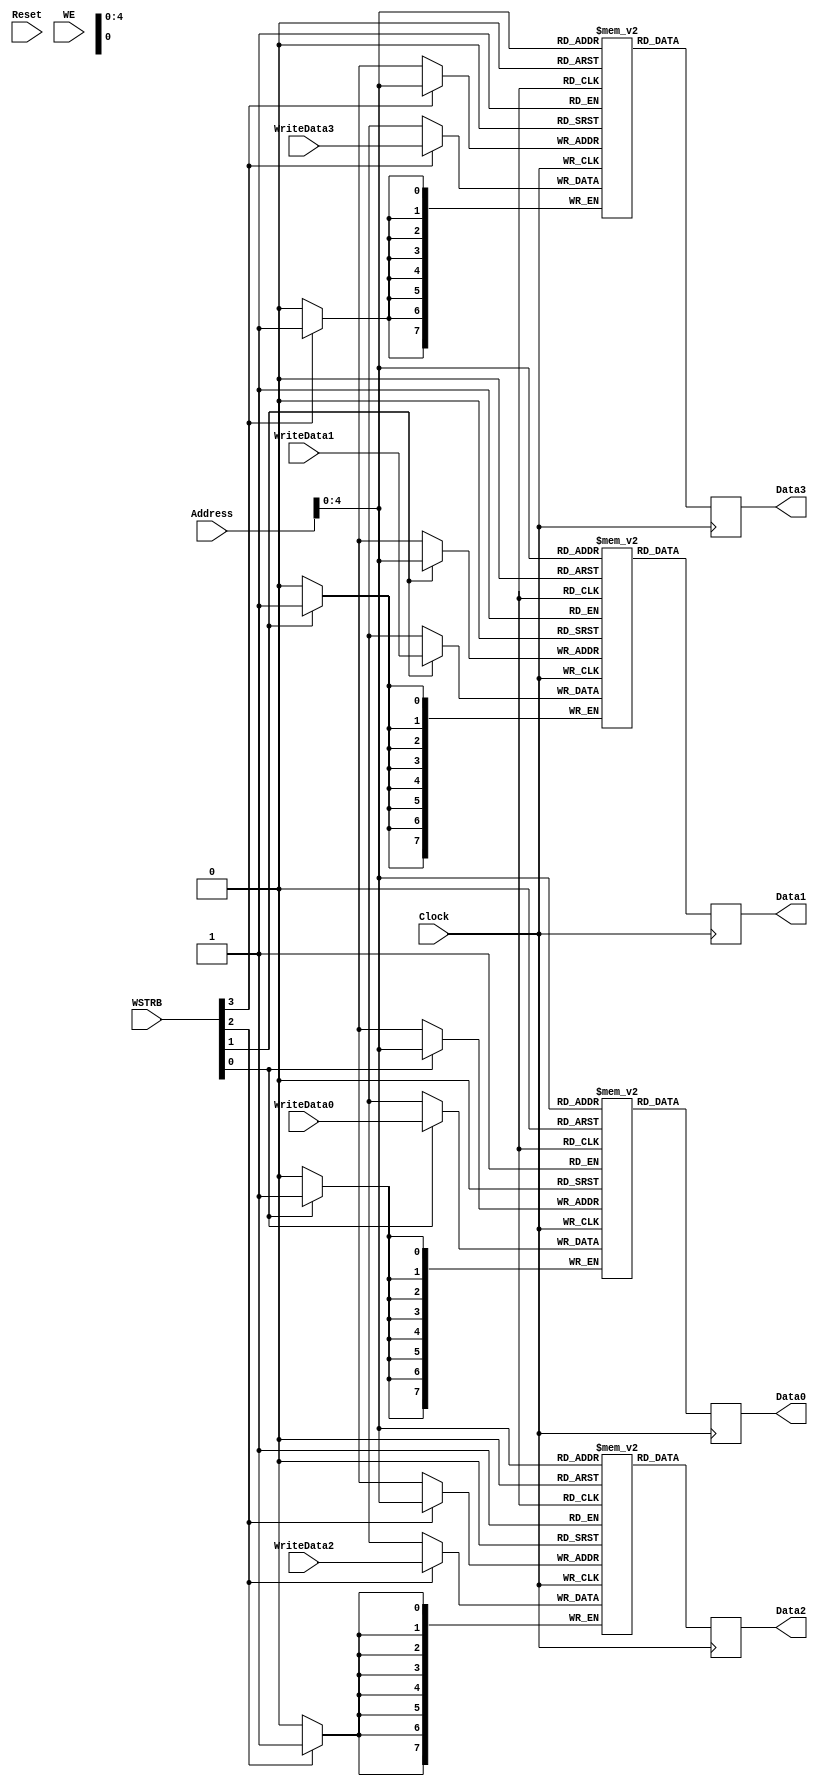
`timescale 1ns/1ps
`default_nettype none
// PLEASE READ THIS, IT MAY SAVE YOU SOME TIME AND MONEY, THANK YOU!
// * This file was generated by Quokka FPGA Toolkit.
// * Generated code is your property, do whatever you want with it
// * Place custom code between [BEGIN USER ***] and [END USER ***].
// * CAUTION: All code outside of [USER] scope is subject to regeneration.
// * Bad things happen sometimes in developer's life,
//   it is recommended to use source control management software (e.g. git, bzr etc) to keep your custom code safe'n'sound.
// * Internal structure of code is subject to change.
//   You can use some of signals in custom code, but most likely they will not exist in future (e.g. will get shorter or gone completely)
// * Please send your feedback, comments, improvement ideas etc. to evmuryshkin@gmail.com
// * Visit https://github.com/EvgenyMuryshkin/QuokkaEvaluation to access latest version of playground
//
// DISCLAIMER:
//   Code comes AS-IS, it is your responsibility to make sure it is working as expected
//   no responsibility will be taken for any loss or damage caused by use of Quokka toolkit.
//
// System configuration name is SP_RF_WSTRB_RAMModule_TopLevel, clock frequency is 1Hz, Top-level
// FSM summary
// -- Packages
module SP_RF_WSTRB_RAMModule_TopLevel
(
	// [BEGIN USER PORTS]
	// [END USER PORTS]
	input wire Clock,
	input wire Reset,
	input wire [7:0] Address,
	input wire WE,
	input wire [7:0] WriteData0,
	input wire [7:0] WriteData1,
	input wire [7:0] WriteData2,
	input wire [7:0] WriteData3,
	input wire [3:0] WSTRB,
	output wire [7:0] Data0,
	output wire [7:0] Data1,
	output wire [7:0] Data2,
	output wire [7:0] Data3
);
	// [BEGIN USER SIGNALS]
	// [END USER SIGNALS]
	localparam HiSignal = 1'b1;
	localparam LoSignal = 1'b0;
	wire Zero = 1'b0;
	wire One = 1'b1;
	wire true = 1'b1;
	wire false = 1'b0;
	wire SP_RF_WSTRB_RAMModule_L30F9L38T10_SP_RF_WSTRB_RAMModule_L31F13L35T14_0_w = 1'b0;
	wire SP_RF_WSTRB_RAMModule_L30F9L38T10_SP_RF_WSTRB_RAMModule_L31F13L35T14_1_w = 1'b1;
	wire [1: 0] SP_RF_WSTRB_RAMModule_L30F9L38T10_SP_RF_WSTRB_RAMModule_L31F13L35T14_2_w = 2'b10;
	wire [1: 0] SP_RF_WSTRB_RAMModule_L30F9L38T10_SP_RF_WSTRB_RAMModule_L31F13L35T14_3_w = 2'b11;
	wire [7: 0] Inputs_Address;
	wire Inputs_WE;
	wire [3: 0] Inputs_WSTRB;
	wire [7 : 0] Inputs_WriteData [0 : 3];
	integer State_ReadData_Iterator;
	reg [7 : 0] State_ReadData [0 : 3];
	reg [7 : 0] State_Buff0 [0 : 31];
	integer State_Buff0_i;
	initial
	begin : Init_State_Buff0
		for (State_Buff0_i = 0; State_Buff0_i < 32; State_Buff0_i = State_Buff0_i + 1)
			State_Buff0[State_Buff0_i] = 0;
	end
	reg [7 : 0] State_Buff1 [0 : 31];
	integer State_Buff1_i;
	initial
	begin : Init_State_Buff1
		for (State_Buff1_i = 0; State_Buff1_i < 32; State_Buff1_i = State_Buff1_i + 1)
			State_Buff1[State_Buff1_i] = 0;
	end
	reg [7 : 0] State_Buff2 [0 : 31];
	integer State_Buff2_i;
	initial
	begin : Init_State_Buff2
		for (State_Buff2_i = 0; State_Buff2_i < 32; State_Buff2_i = State_Buff2_i + 1)
			State_Buff2[State_Buff2_i] = 0;
	end
	reg [7 : 0] State_Buff3 [0 : 31];
	integer State_Buff3_i;
	initial
	begin : Init_State_Buff3
		for (State_Buff3_i = 0; State_Buff3_i < 32; State_Buff3_i = State_Buff3_i + 1)
			State_Buff3[State_Buff3_i] = 0;
	end
	// inferred single port RAM with read-first behaviour
	always @ (posedge Clock)
	begin
		if (Inputs_WSTRB[0])
		begin
			State_Buff0[Inputs_Address] <= Inputs_WriteData[0];
		end
		State_ReadData[0] <= State_Buff0[Inputs_Address];
	end
	// inferred single port RAM with read-first behaviour
	always @ (posedge Clock)
	begin
		if (Inputs_WSTRB[1])
		begin
			State_Buff1[Inputs_Address] <= Inputs_WriteData[1];
		end
		State_ReadData[1] <= State_Buff1[Inputs_Address];
	end
	// inferred single port RAM with read-first behaviour
	always @ (posedge Clock)
	begin
		if (Inputs_WSTRB[2])
		begin
			State_Buff2[Inputs_Address] <= Inputs_WriteData[2];
		end
		State_ReadData[2] <= State_Buff2[Inputs_Address];
	end
	// inferred single port RAM with read-first behaviour
	always @ (posedge Clock)
	begin
		if (Inputs_WSTRB[3])
		begin
			State_Buff3[Inputs_Address] <= Inputs_WriteData[3];
		end
		State_ReadData[3] <= State_Buff3[Inputs_Address];
	end
	assign Inputs_Address = Address;
	assign Inputs_WE = WE;
	assign Inputs_WriteData[0] = WriteData0;
	assign Inputs_WriteData[1] = WriteData1;
	assign Inputs_WriteData[2] = WriteData2;
	assign Inputs_WriteData[3] = WriteData3;
	assign Inputs_WSTRB = WSTRB;
	assign Data0 = State_ReadData[0];
	assign Data1 = State_ReadData[1];
	assign Data2 = State_ReadData[2];
	assign Data3 = State_ReadData[3];
	// [BEGIN USER ARCHITECTURE]
	// [END USER ARCHITECTURE]
endmodule